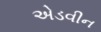
એડવીન